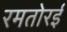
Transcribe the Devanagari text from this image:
रमतोरई